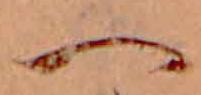
へ